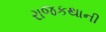
રાજકથાની